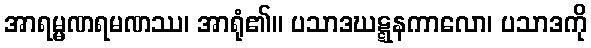
အာရမ္မဏရမဏဿ၊ အာရုံ၏။ ပသာဒဃဋ္ဋနကာလော၊ ပသာဒကို